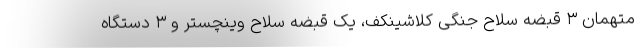
متهمان ۳ قبضه سلاح جنگی کلاشینکف، یک قبضه سلاح وینچستر و ۳ دستگاه